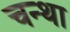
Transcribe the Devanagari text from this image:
चन्था